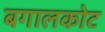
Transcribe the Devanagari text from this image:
बगालकोट